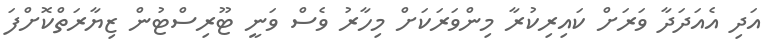
އަދި އެއަދަދާ ވަރަށް ކައިރިކުރާ މިންވަރަކަށް މިހާރު ވެސް ވަނީ ޓޫރިސްޓުން ޒިޔާރަތްކޮށްފަ